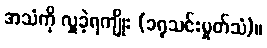
အသံကို လှူခဲ့ရကျိုး (ခရုသင်းမှုတ်သံ)။